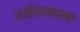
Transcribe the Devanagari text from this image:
साहित्यकारांचे